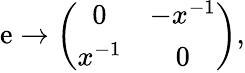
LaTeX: \mathrm{e}\rightarrow\left(\begin{array}{cc}{{0}}&{{-x^{-1}}}\\ {{x^{-1}}}&{{0}}\end{array}\right),